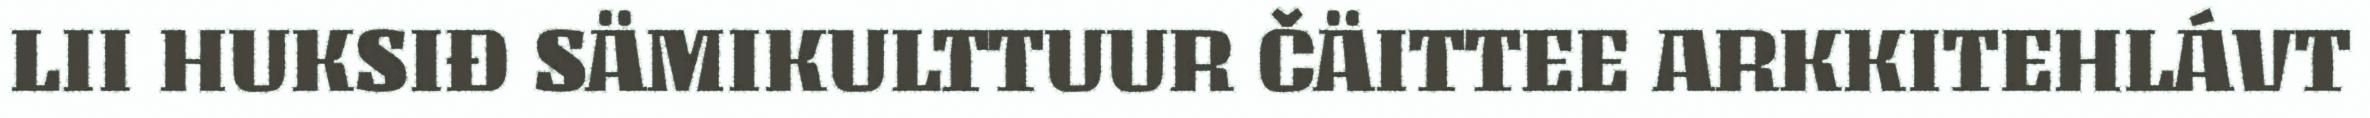
LII HUKSIĐ SÄMIKULTTUUR ČÄITTEE ARKKITEHLÁVT